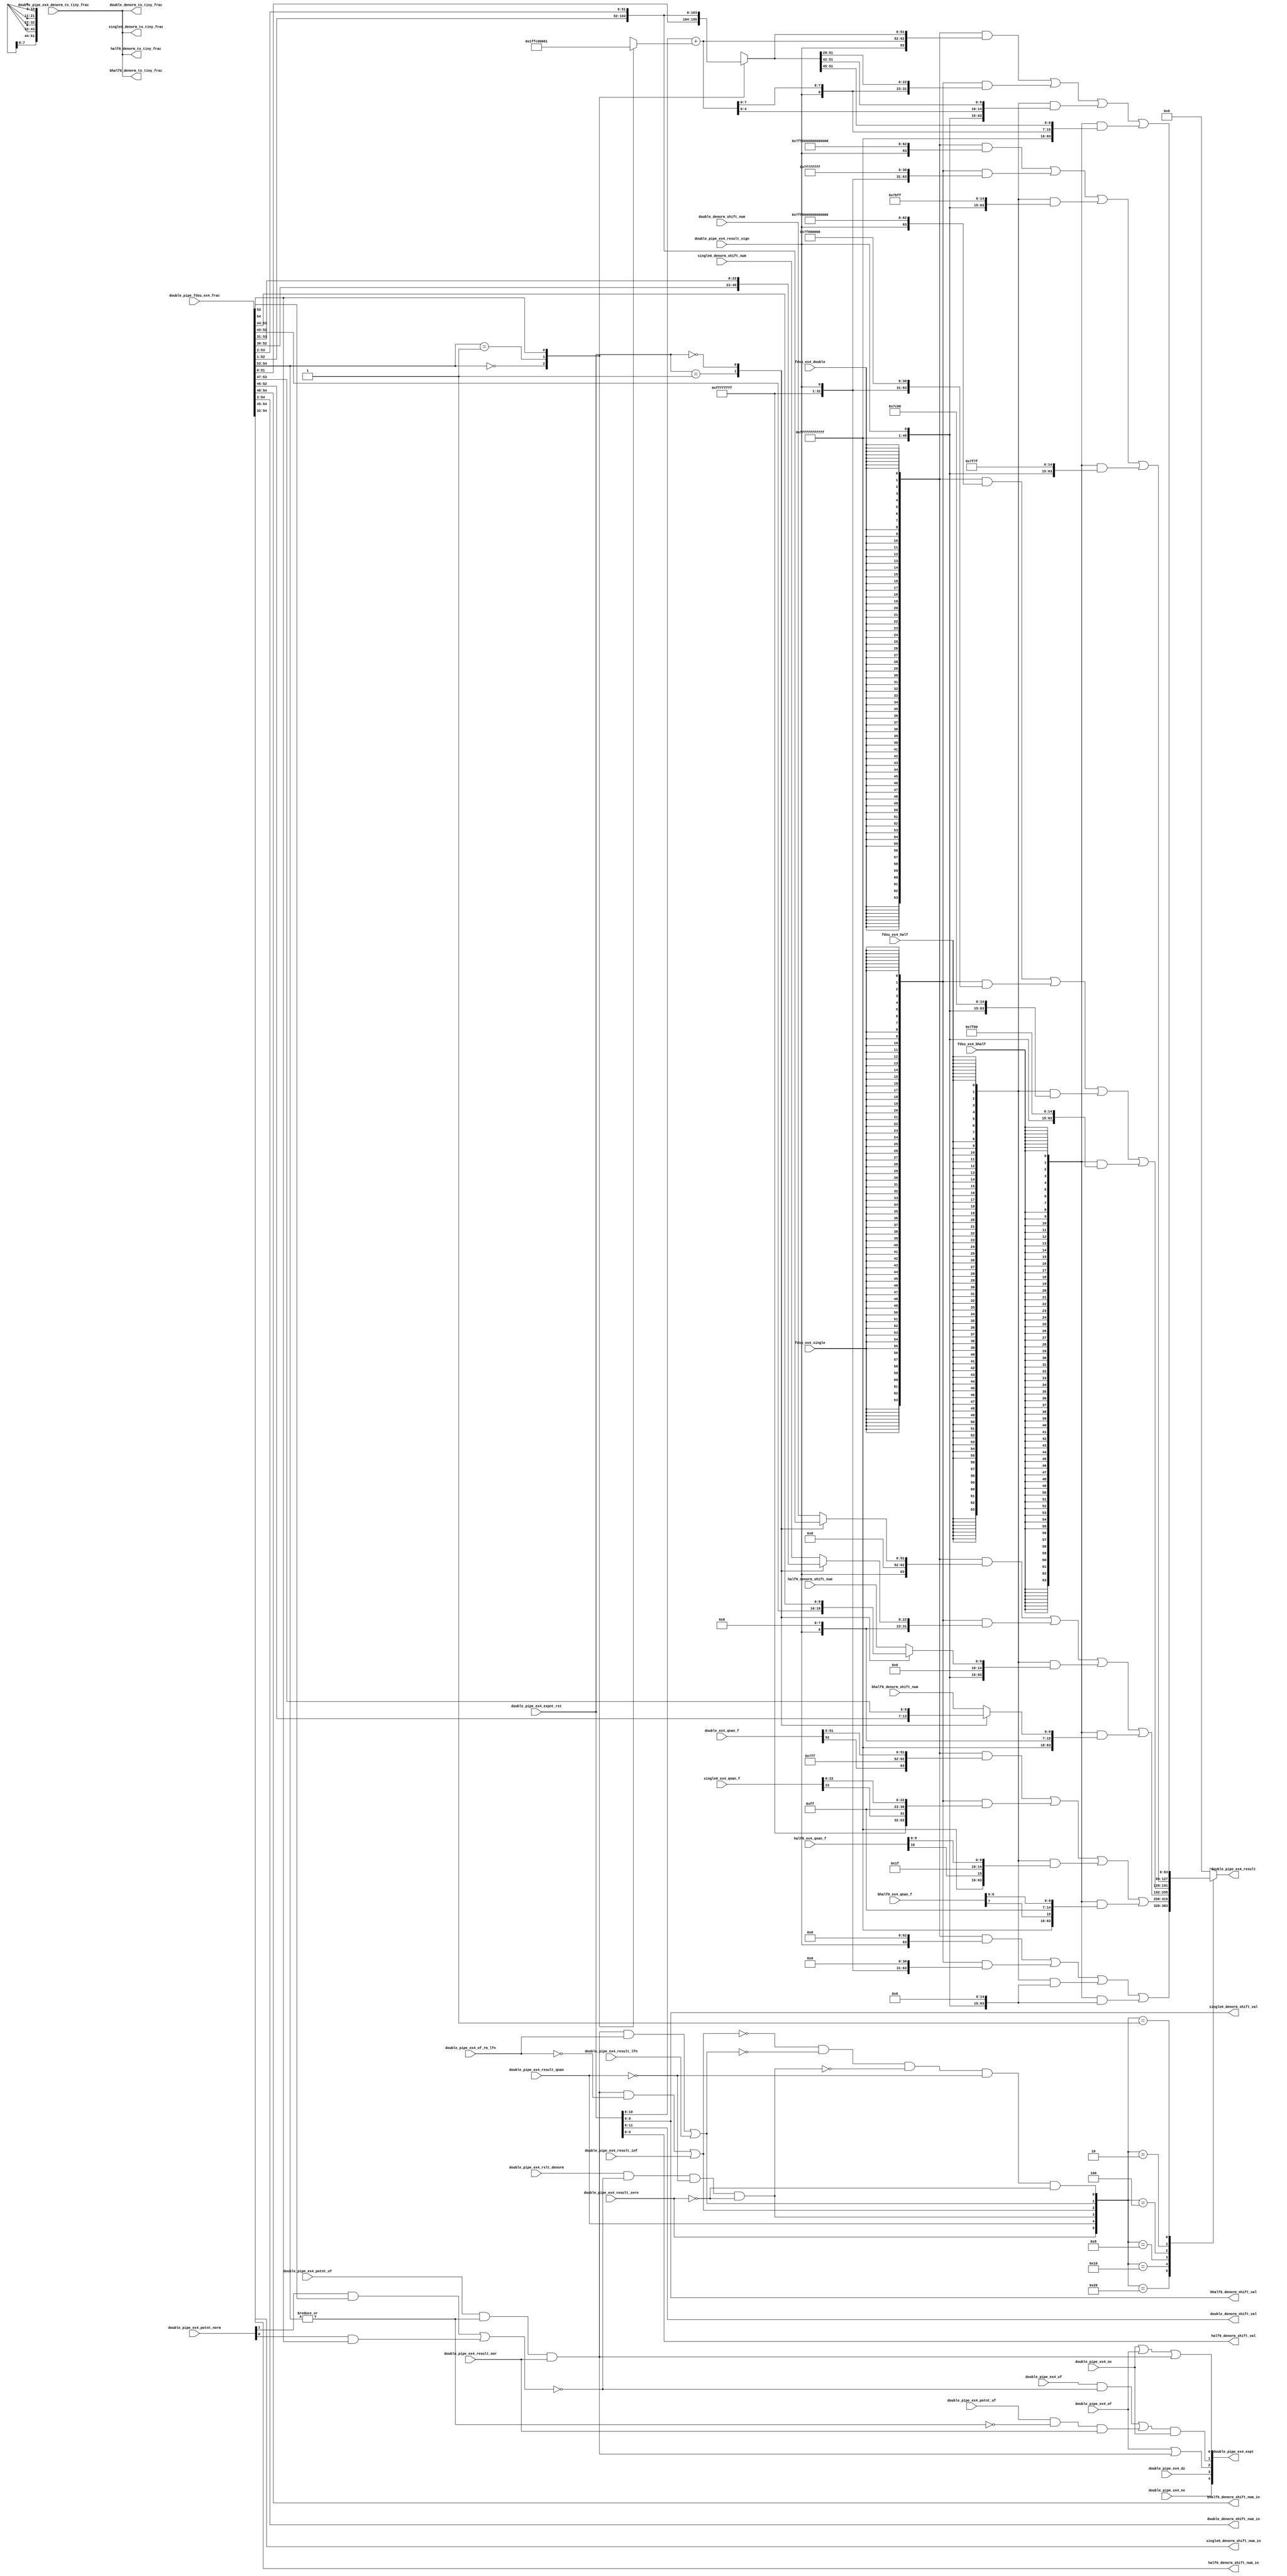
// This program was cloned from: https://github.com/T-head-Semi/openc906
// License: Apache License 2.0

/*Copyright 2020-2021 T-Head Semiconductor Co., Ltd.

Licensed under the Apache License, Version 2.0 (the "License");
you may not use this file except in compliance with the License.
You may obtain a copy of the License at

    http://www.apache.org/licenses/LICENSE-2.0

Unless required by applicable law or agreed to in writing, software
distributed under the License is distributed on an "AS IS" BASIS,
WITHOUT WARRANTIES OR CONDITIONS OF ANY KIND, either express or implied.
See the License for the specific language governing permissions and
limitations under the License.
*/

// &ModuleBeg; @23
module aq_fdsu_pack(
  bhalf0_denorm_shift_num,
  bhalf0_denorm_shift_num_in,
  bhalf0_denorm_shift_val,
  bhalf0_denorm_to_tiny_frac,
  bhalf0_ex4_qnan_f,
  double_denorm_shift_num,
  double_denorm_shift_num_in,
  double_denorm_shift_val,
  double_denorm_to_tiny_frac,
  double_ex4_qnan_f,
  double_pipe_ex4_denorm_to_tiny_frac,
  double_pipe_ex4_dz,
  double_pipe_ex4_expnt_rst,
  double_pipe_ex4_expt,
  double_pipe_ex4_nv,
  double_pipe_ex4_nx,
  double_pipe_ex4_of,
  double_pipe_ex4_of_rm_lfn,
  double_pipe_ex4_potnt_norm,
  double_pipe_ex4_potnt_of,
  double_pipe_ex4_potnt_uf,
  double_pipe_ex4_result,
  double_pipe_ex4_result_inf,
  double_pipe_ex4_result_lfn,
  double_pipe_ex4_result_nor,
  double_pipe_ex4_result_qnan,
  double_pipe_ex4_result_sign,
  double_pipe_ex4_result_zero,
  double_pipe_ex4_rslt_denorm,
  double_pipe_ex4_uf,
  double_pipe_fdsu_ex4_frac,
  fdsu_ex4_bhalf,
  fdsu_ex4_double,
  fdsu_ex4_half,
  fdsu_ex4_single,
  half0_denorm_shift_num,
  half0_denorm_shift_num_in,
  half0_denorm_shift_val,
  half0_denorm_to_tiny_frac,
  half0_ex4_qnan_f,
  single0_denorm_shift_num,
  single0_denorm_shift_num_in,
  single0_denorm_shift_val,
  single0_denorm_to_tiny_frac,
  single0_ex4_qnan_f
);

// &Ports; @24
input   [6 :0]  bhalf0_denorm_shift_num;            
input   [7 :0]  bhalf0_ex4_qnan_f;                  
input   [51:0]  double_denorm_shift_num;            
input   [52:0]  double_ex4_qnan_f;                  
input           double_pipe_ex4_denorm_to_tiny_frac; 
input           double_pipe_ex4_dz;                 
input   [12:0]  double_pipe_ex4_expnt_rst;          
input           double_pipe_ex4_nv;                 
input           double_pipe_ex4_nx;                 
input           double_pipe_ex4_of;                 
input           double_pipe_ex4_of_rm_lfn;          
input   [1 :0]  double_pipe_ex4_potnt_norm;         
input           double_pipe_ex4_potnt_of;           
input           double_pipe_ex4_potnt_uf;           
input           double_pipe_ex4_result_inf;         
input           double_pipe_ex4_result_lfn;         
input           double_pipe_ex4_result_nor;         
input           double_pipe_ex4_result_qnan;        
input           double_pipe_ex4_result_sign;        
input           double_pipe_ex4_result_zero;        
input           double_pipe_ex4_rslt_denorm;        
input           double_pipe_ex4_uf;                 
input   [54:0]  double_pipe_fdsu_ex4_frac;          
input           fdsu_ex4_bhalf;                     
input           fdsu_ex4_double;                    
input           fdsu_ex4_half;                      
input           fdsu_ex4_single;                    
input   [9 :0]  half0_denorm_shift_num;             
input   [10:0]  half0_ex4_qnan_f;                   
input   [22:0]  single0_denorm_shift_num;           
input   [23:0]  single0_ex4_qnan_f;                 
output  [6 :0]  bhalf0_denorm_shift_num_in;         
output  [8 :0]  bhalf0_denorm_shift_val;            
output          bhalf0_denorm_to_tiny_frac;         
output  [51:0]  double_denorm_shift_num_in;         
output  [11:0]  double_denorm_shift_val;            
output          double_denorm_to_tiny_frac;         
output  [4 :0]  double_pipe_ex4_expt;               
output  [63:0]  double_pipe_ex4_result;             
output  [9 :0]  half0_denorm_shift_num_in;          
output  [5 :0]  half0_denorm_shift_val;             
output          half0_denorm_to_tiny_frac;          
output  [22:0]  single0_denorm_shift_num_in;        
output  [8 :0]  single0_denorm_shift_val;           
output          single0_denorm_to_tiny_frac;        

// &Regs; @25
reg     [6 :0]  bhalf_denorm_frac;                  
reg     [51:0]  double_denorm_frac;                 
reg     [51:0]  ex4_frac_52;                        
reg     [63:0]  ex4_result;                         
reg     [12:0]  expnt_add_op1;                      
reg     [9 :0]  half_denorm_frac;                   
reg     [22:0]  single_denorm_frac;                 

// &Wires; @26
wire    [6 :0]  bhalf0_denorm_shift_num;            
wire    [6 :0]  bhalf0_denorm_shift_num_in;         
wire    [8 :0]  bhalf0_denorm_shift_val;            
wire            bhalf0_denorm_to_tiny_frac;         
wire    [7 :0]  bhalf0_ex4_qnan_f;                  
wire    [51:0]  double_denorm_shift_num;            
wire    [51:0]  double_denorm_shift_num_in;         
wire    [11:0]  double_denorm_shift_val;            
wire            double_denorm_to_tiny_frac;         
wire    [52:0]  double_ex4_qnan_f;                  
wire            double_pipe_ex4_denorm_to_tiny_frac; 
wire            double_pipe_ex4_dz;                 
wire    [12:0]  double_pipe_ex4_expnt_rst;          
wire    [4 :0]  double_pipe_ex4_expt;               
wire            double_pipe_ex4_nv;                 
wire            double_pipe_ex4_nx;                 
wire            double_pipe_ex4_of;                 
wire            double_pipe_ex4_of_rm_lfn;          
wire    [1 :0]  double_pipe_ex4_potnt_norm;         
wire            double_pipe_ex4_potnt_of;           
wire            double_pipe_ex4_potnt_uf;           
wire    [63:0]  double_pipe_ex4_result;             
wire            double_pipe_ex4_result_inf;         
wire            double_pipe_ex4_result_lfn;         
wire            double_pipe_ex4_result_nor;         
wire            double_pipe_ex4_result_qnan;        
wire            double_pipe_ex4_result_sign;        
wire            double_pipe_ex4_result_zero;        
wire            double_pipe_ex4_rslt_denorm;        
wire            double_pipe_ex4_uf;                 
wire    [54:0]  double_pipe_fdsu_ex4_frac;          
wire    [63:0]  ex4_bhalf_lfn;                      
wire    [63:0]  ex4_bhalf_rst_inf;                  
wire    [63:0]  ex4_bhalf_rst_norm;                 
wire            ex4_cor_nx;                         
wire            ex4_cor_uf;                         
wire            ex4_denorm_potnt_norm;              
wire    [63:0]  ex4_denorm_result;                  
wire    [63:0]  ex4_doub_lfn;                       
wire    [63:0]  ex4_doub_rst_inf;                   
wire    [63:0]  ex4_doub_rst_norm;                  
wire    [12:0]  ex4_expnt_rst;                      
wire    [4 :0]  ex4_expt;                           
wire            ex4_final_rst_norm;                 
wire    [54:0]  ex4_frac;                           
wire    [63:0]  ex4_half_lfn;                       
wire    [63:0]  ex4_half_rst_inf;                   
wire    [63:0]  ex4_half_rst_norm;                  
wire            ex4_of_plus;                        
wire            ex4_result_inf;                     
wire            ex4_result_lfn;                     
wire            ex4_result_zero;                    
wire            ex4_rslt_denorm;                    
wire            ex4_rslt_qnan;                      
wire    [63:0]  ex4_rst_inf;                        
wire    [63:0]  ex4_rst_lfn;                        
wire            ex4_rst_nor;                        
wire    [63:0]  ex4_rst_norm;                       
wire    [63:0]  ex4_rst_qnan;                       
wire    [63:0]  ex4_rst_zero;                       
wire    [63:0]  ex4_sing_lfn;                       
wire    [63:0]  ex4_sing_rst_inf;                   
wire    [63:0]  ex4_sing_rst_norm;                  
wire            ex4_uf_plus;                        
wire            fdsu_ex4_bhalf;                     
wire            fdsu_ex4_double;                    
wire            fdsu_ex4_dz;                        
wire    [12:0]  fdsu_ex4_expnt_rst;                 
wire            fdsu_ex4_half;                      
wire            fdsu_ex4_nv;                        
wire            fdsu_ex4_nx;                        
wire            fdsu_ex4_of;                        
wire            fdsu_ex4_of_rst_lfn;                
wire    [1 :0]  fdsu_ex4_potnt_norm;                
wire            fdsu_ex4_potnt_of;                  
wire            fdsu_ex4_potnt_uf;                  
wire            fdsu_ex4_result_inf;                
wire            fdsu_ex4_result_lfn;                
wire            fdsu_ex4_result_nor;                
wire            fdsu_ex4_result_sign;               
wire            fdsu_ex4_rslt_denorm;               
wire            fdsu_ex4_single;                    
wire            fdsu_ex4_uf;                        
wire    [9 :0]  half0_denorm_shift_num;             
wire    [9 :0]  half0_denorm_shift_num_in;          
wire    [5 :0]  half0_denorm_shift_val;             
wire            half0_denorm_to_tiny_frac;          
wire    [10:0]  half0_ex4_qnan_f;                   
wire    [22:0]  single0_denorm_shift_num;           
wire    [22:0]  single0_denorm_shift_num_in;        
wire    [8 :0]  single0_denorm_shift_val;           
wire            single0_denorm_to_tiny_frac;        
wire    [23:0]  single0_ex4_qnan_f;                 


assign fdsu_ex4_result_sign     = double_pipe_ex4_result_sign;
assign fdsu_ex4_of_rst_lfn      = double_pipe_ex4_of_rm_lfn;
//assign fdsu_ex4_double          = fdsu_yy_double;
//assign fdsu_ex4_single          
assign fdsu_ex4_result_inf      = double_pipe_ex4_result_inf;
assign fdsu_ex4_result_lfn      = double_pipe_ex4_result_lfn;
assign fdsu_ex4_of              = double_pipe_ex4_of;
assign fdsu_ex4_uf              = double_pipe_ex4_uf;
assign fdsu_ex4_nx              = double_pipe_ex4_nx;
assign fdsu_ex4_potnt_norm[1:0]      = double_pipe_ex4_potnt_norm[1:0];
assign fdsu_ex4_result_nor     = double_pipe_ex4_result_nor;
assign fdsu_ex4_potnt_of        = double_pipe_ex4_potnt_of;
assign fdsu_ex4_potnt_uf        = double_pipe_ex4_potnt_uf;
assign fdsu_ex4_nv              = double_pipe_ex4_nv;
assign fdsu_ex4_dz              = double_pipe_ex4_dz;
assign fdsu_ex4_expnt_rst[12:0] = double_pipe_ex4_expnt_rst[12:0];
assign fdsu_ex4_rslt_denorm     = double_pipe_ex4_rslt_denorm;
assign ex4_rslt_qnan            = double_pipe_ex4_result_qnan;
assign ex4_result_zero          = double_pipe_ex4_result_zero;

//============================EX4 STAGE=====================
assign ex4_frac[54:0] = double_pipe_fdsu_ex4_frac[54:0];
//exponent adder
// &CombBeg; @51
always @( ex4_frac[54:53])
begin
casez(ex4_frac[54:53])
  2'b00   : expnt_add_op1[12:0] = 13'h0fff;  //the expnt sub 1
  2'b01   : expnt_add_op1[12:0] = 13'h0;    //the expnt stay the origi
  2'b1?   : expnt_add_op1[12:0] = 13'h1;    // the exptn add 1
  default : expnt_add_op1[12:0] = 13'b0;  
endcase
// &CombEnd; @58
end
assign ex4_expnt_rst[12:0] = fdsu_ex4_expnt_rst[12:0] + 
                             expnt_add_op1[12:0];

//==========================Result Pack=====================
// result denormal pack 
// shift to the denormal number
assign double_denorm_shift_num_in[51:0]   = ex4_frac[54:3];
assign single0_denorm_shift_num_in[22:0]  = ex4_frac[54:32];
assign half0_denorm_shift_num_in[9:0]     = ex4_frac[54:45];
assign bhalf0_denorm_shift_num_in[6:0]    = ex4_frac[54:48];
assign double_denorm_shift_val[11:0]       = fdsu_ex4_expnt_rst[11:0];
assign single0_denorm_shift_val[8:0]      = fdsu_ex4_expnt_rst[8:0];
assign half0_denorm_shift_val[5:0]        = fdsu_ex4_expnt_rst[5:0];
assign bhalf0_denorm_shift_val[8:0]       = fdsu_ex4_expnt_rst[8:0];
assign double_denorm_to_tiny_frac  = double_pipe_ex4_denorm_to_tiny_frac;
assign single0_denorm_to_tiny_frac = double_pipe_ex4_denorm_to_tiny_frac;
assign half0_denorm_to_tiny_frac   = double_pipe_ex4_denorm_to_tiny_frac;
assign bhalf0_denorm_to_tiny_frac  = double_pipe_ex4_denorm_to_tiny_frac;


// &CombBeg; @79
always @( ex4_frac[53:1]
       or single0_denorm_shift_num[22:0]
       or half0_denorm_shift_num[9:0]
       or double_denorm_shift_num[51:0]
       or bhalf0_denorm_shift_num[6:0]
       or fdsu_ex4_expnt_rst[12:0])
begin
case(fdsu_ex4_expnt_rst[12:0])
  13'h1: begin double_denorm_frac[51:0] = ex4_frac[52:1];
               single_denorm_frac[22:0] = ex4_frac[52:30];
               half_denorm_frac[9:0]    = ex4_frac[52:43];
               bhalf_denorm_frac[6:0]   = ex4_frac[52:46];
         end
  13'h0: begin double_denorm_frac[51:0] = ex4_frac[53:2];
               single_denorm_frac[22:0] = ex4_frac[53:31];
               half_denorm_frac[9:0]    = ex4_frac[53:44];
               bhalf_denorm_frac[6:0]   = ex4_frac[53:47];
         end
  default:begin double_denorm_frac[51:0] = double_denorm_shift_num[51:0];
                single_denorm_frac[22:0] = single0_denorm_shift_num[22:0];
                half_denorm_frac[9:0]    = half0_denorm_shift_num[9:0];
                bhalf_denorm_frac[6:0]   = bhalf0_denorm_shift_num[6:0];
          end
endcase
// &CombEnd; @97
end
//&CombBeg;
//case(fdsu_ex4_expnt_rst[12:0])
//  13'h1:   ex4_denorm_frac[51:0] = {      ex4_frac[52:1]}; //-1022 1
//  13'h0:   ex4_denorm_frac[51:0] = {      ex4_frac[53:2]}; //-1023 0
//  13'h1fff:ex4_denorm_frac[51:0] = {      ex4_frac[54:3]}; //-1024 -1
//  13'h1ffe:ex4_denorm_frac[51:0] = {1'b0, ex4_frac[54:4]}; //-1025 -2
//  13'h1ffd:ex4_denorm_frac[51:0] = {2'b0, ex4_frac[54:5]}; //-1026 -3
//  13'h1ffc:ex4_denorm_frac[51:0] = {3'b0, ex4_frac[54:6]}; //-1027 -4
//  13'h1ffb:ex4_denorm_frac[51:0] = {4'b0, ex4_frac[54:7]}; //-1028 -5
//  13'h1ffa:ex4_denorm_frac[51:0] = {5'b0, ex4_frac[54:8]}; //-1029 -6
//  13'h1ff9:ex4_denorm_frac[51:0] = {6'b0, ex4_frac[54:9]}; //-1030 -7
//  13'h1ff8:ex4_denorm_frac[51:0] = {7'b0, ex4_frac[54:10]}; //-1031 -8
//  13'h1ff7:ex4_denorm_frac[51:0] = {8'b0, ex4_frac[54:11]}; //-1032 -9
//  13'h1ff6:ex4_denorm_frac[51:0] = {9'b0, ex4_frac[54:12]}; //-1033 -10
//  13'h1ff5:ex4_denorm_frac[51:0] = {10'b0,ex4_frac[54:13]}; //-1034 -11
//  13'h1ff4:ex4_denorm_frac[51:0] = {11'b0,ex4_frac[54:14]}; //-1035 -12
//  13'h1ff3:ex4_denorm_frac[51:0] = {12'b0,ex4_frac[54:15]}; //-1036 -13  
//  13'h1ff2:ex4_denorm_frac[51:0] = {13'b0,ex4_frac[54:16]}; // -1037
//  13'h1ff1:ex4_denorm_frac[51:0] = {14'b0,ex4_frac[54:17]}; //-1038
//  13'h1ff0:ex4_denorm_frac[51:0] = {15'b0,ex4_frac[54:18]}; //-1039
//  13'h1fef:ex4_denorm_frac[51:0] = {16'b0,ex4_frac[54:19]}; //-1040
//  13'h1fee:ex4_denorm_frac[51:0] = {17'b0,ex4_frac[54:20]}; //-1041
//  13'h1fed:ex4_denorm_frac[51:0] = {18'b0,ex4_frac[54:21]}; //-1042
//  13'h1fec:ex4_denorm_frac[51:0] = {19'b0,ex4_frac[54:22]}; //-1043
//  13'h1feb:ex4_denorm_frac[51:0] = {20'b0,ex4_frac[54:23]}; //-1044
//  13'h1fea:ex4_denorm_frac[51:0] = {21'b0,ex4_frac[54:24]}; //-1045
//  13'h1fe9:ex4_denorm_frac[51:0] = {22'b0,ex4_frac[54:25]}; //-1046
//  13'h1fe8:ex4_denorm_frac[51:0] = {23'b0,ex4_frac[54:26]}; //-1047
//  13'h1fe7:ex4_denorm_frac[51:0] = {24'b0,ex4_frac[54:27]}; //-1048
//  13'h1fe6:ex4_denorm_frac[51:0] = {25'b0,ex4_frac[54:28]}; //-1049
//  13'h1fe5:ex4_denorm_frac[51:0] = {26'b0,ex4_frac[54:29]}; //-1050
//  13'h1fe4:ex4_denorm_frac[51:0] = {27'b0,ex4_frac[54:30]}; //-1056
//  13'h1fe3:ex4_denorm_frac[51:0] = {28'b0,ex4_frac[54:31]}; //-1052
//  13'h1fe2:ex4_denorm_frac[51:0] = {29'b0,ex4_frac[54:32]}; //-1053
//  13'h1fe1:ex4_denorm_frac[51:0] = {30'b0,ex4_frac[54:33]}; //-1054
//  13'h1fe0:ex4_denorm_frac[51:0] = {31'b0,ex4_frac[54:34]}; //-1055
//  13'h1fdf:ex4_denorm_frac[51:0] = {32'b0,ex4_frac[54:35]}; //-1056
//  13'h1fde:ex4_denorm_frac[51:0] = {33'b0,ex4_frac[54:36]}; //-1057
//  13'h1fdd:ex4_denorm_frac[51:0] = {34'b0,ex4_frac[54:37]}; //-1058
//  13'h1fdc:ex4_denorm_frac[51:0] = {35'b0,ex4_frac[54:38]}; //-1059
//  13'h1fdb:ex4_denorm_frac[51:0] = {36'b0,ex4_frac[54:39]}; //-1060
//  13'h1fda:ex4_denorm_frac[51:0] = {37'b0,ex4_frac[54:40]}; //-1061
//  13'h1fd9:ex4_denorm_frac[51:0] = {38'b0,ex4_frac[54:41]}; //-1062
//  13'h1fd8:ex4_denorm_frac[51:0] = {39'b0,ex4_frac[54:42]}; //-1063
//  13'h1fd7:ex4_denorm_frac[51:0] = {40'b0,ex4_frac[54:43]}; //-1064
//  13'h1fd6:ex4_denorm_frac[51:0] = {41'b0,ex4_frac[54:44]}; //-1065
//  13'h1fd5:ex4_denorm_frac[51:0] = {42'b0,ex4_frac[54:45]};  //-1066
//  13'h1fd4:ex4_denorm_frac[51:0] = {43'b0,ex4_frac[54:46]};  //-1067
//  13'h1fd3:ex4_denorm_frac[51:0] = {44'b0,ex4_frac[54:47]};  //-1068
//  13'h1fd2:ex4_denorm_frac[51:0] = {45'b0,ex4_frac[54:48]};  //-1069
//  13'h1fd1:ex4_denorm_frac[51:0] = {46'b0,ex4_frac[54:49]};  //-1070
//  13'h1fd0:ex4_denorm_frac[51:0] = {47'b0,ex4_frac[54:50]};  //-1071
//  13'h1fcf:ex4_denorm_frac[51:0] = {48'b0,ex4_frac[54:51]};  //-1072
//  13'h1fce:ex4_denorm_frac[51:0] = {49'b0,ex4_frac[54:52]};  //-1073
//  13'h1fcd:ex4_denorm_frac[51:0] = {50'b0,ex4_frac[54:53]};  //-1074
//  default: ex4_denorm_frac[51:0] = fdsu_ex4_denorm_to_tiny_frac ? 52'b1 : 52'b0;
//endcase                                                                  
//&CombEnd;   
//&CombBeg;
//case(fdsu_ex4_expnt_rst[12:0])
//  13'h1:   ex4_single_denorm_frac[51:0] = {      ex4_frac[52:1]}; //-1022 1
//  13'h0:   ex4_single_denorm_frac[51:0] = {      ex4_frac[53:2]}; //-1023 0
//  13'h1fff:ex4_single_denorm_frac[51:0] = {      ex4_frac[54:3]}; //-1024 -1
//  13'h1ffe:ex4_single_denorm_frac[51:0] = {1'b0, ex4_frac[54:4]}; //-1025 -2
//  13'h1ffd:ex4_single_denorm_frac[51:0] = {2'b0, ex4_frac[54:5]}; //-1026 -3
//  13'h1ffc:ex4_single_denorm_frac[51:0] = {3'b0, ex4_frac[54:6]}; //-1027 -4
//  13'h1ffb:ex4_single_denorm_frac[51:0] = {4'b0, ex4_frac[54:7]}; //-1028 -5
//  13'h1ffa:ex4_single_denorm_frac[51:0] = {5'b0, ex4_frac[54:8]}; //-1029 -6
//  13'h1ff9:ex4_single_denorm_frac[51:0] = {6'b0, ex4_frac[54:9]}; //-1030 -7
//  13'h1ff8:ex4_single_denorm_frac[51:0] = {7'b0, ex4_frac[54:10]}; //-1031 -8
//  13'h1ff7:ex4_single_denorm_frac[51:0] = {8'b0, ex4_frac[54:11]}; //-1032 -9
//  13'h1ff6:ex4_single_denorm_frac[51:0] = {9'b0, ex4_frac[54:12]}; //-1033 -10
//  13'h1ff5:ex4_single_denorm_frac[51:0] = {10'b0,ex4_frac[54:13]}; //-1034 -11
//  13'h1ff4:ex4_single_denorm_frac[51:0] = {11'b0,ex4_frac[54:14]}; //-1035 -12
//  13'h1ff3:ex4_single_denorm_frac[51:0] = {12'b0,ex4_frac[54:15]}; //-1036 -13  
//  13'h1ff2:ex4_single_denorm_frac[51:0] = {13'b0,ex4_frac[54:16]}; // -1037
//  13'h1ff1:ex4_single_denorm_frac[51:0] = {14'b0,ex4_frac[54:17]}; //-1038
//  13'h1ff0:ex4_single_denorm_frac[51:0] = {15'b0,ex4_frac[54:18]}; //-1039
//  13'h1fef:ex4_single_denorm_frac[51:0] = {16'b0,ex4_frac[54:19]}; //-1040
//  13'h1fee:ex4_single_denorm_frac[51:0] = {17'b0,ex4_frac[54:20]}; //-1041
//  13'h1fed:ex4_single_denorm_frac[51:0] = {18'b0,ex4_frac[54:21]}; //-1042
//  13'h1fec:ex4_single_denorm_frac[51:0] = {19'b0,ex4_frac[54:22]}; //-1043
//  13'h1feb:ex4_single_denorm_frac[51:0] = {20'b0,ex4_frac[54:23]}; //-1044
//  13'h1fea:ex4_single_denorm_frac[51:0] = {21'b0,ex4_frac[54:24]}; //-1044
//  default :ex4_single_denorm_frac[51:0] = fdsu_ex4_denorm_to_tiny_frac ?{23'b1,29'b0} : 52'b0; //-1045
//endcase                                                                  
//&CombEnd;
//here when denormal number round to add1, it will become normal number
assign ex4_denorm_potnt_norm    = (fdsu_ex4_potnt_norm[1] && ex4_frac[53]) || 
                                  (fdsu_ex4_potnt_norm[0] && ex4_frac[54]) ;
assign ex4_rslt_denorm          = fdsu_ex4_rslt_denorm && !ex4_denorm_potnt_norm  && !ex4_rslt_qnan && !ex4_result_zero;
assign ex4_denorm_result[63:0]  = {64{fdsu_ex4_double}}  &
                                  {fdsu_ex4_result_sign,11'h0,double_denorm_frac[51:0]}  |
                                  {64{fdsu_ex4_single}} & {32'hffffffff,fdsu_ex4_result_sign,
                                                          8'h0,single_denorm_frac[22:0]} |
                                  {64{fdsu_ex4_half}} & {{48{1'b1}},fdsu_ex4_result_sign,
                                                          5'h0,half_denorm_frac[9:0]}  |
                                  {64{fdsu_ex4_bhalf}}& {{48{1'b1}},fdsu_ex4_result_sign,
                                                          8'h0,bhalf_denorm_frac[6:0]};
                                   
                                                              
//ex4 overflow/underflow plus                                 
assign ex4_rst_nor = fdsu_ex4_result_nor;                    
assign ex4_of_plus = fdsu_ex4_potnt_of  && 
                     (|ex4_frac[54:53])  && 
                     ex4_rst_nor;
assign ex4_uf_plus = fdsu_ex4_potnt_uf  && 
                     (~|ex4_frac[54:53]) && 
                     ex4_rst_nor;
//ex4 overflow round result
assign ex4_result_lfn = (ex4_of_plus &&  fdsu_ex4_of_rst_lfn) ||
                        fdsu_ex4_result_lfn;
assign ex4_result_inf = (ex4_of_plus && !fdsu_ex4_of_rst_lfn) ||
                        fdsu_ex4_result_inf;
//Special Result Form
// result largest finity number
assign ex4_doub_lfn[63:0]      = {fdsu_ex4_result_sign,11'h7fe,{52{1'b1}}};
assign ex4_sing_lfn[63:0]      = {32'hffffffff,fdsu_ex4_result_sign,8'hfe,{23{1'b1}}};
assign ex4_half_lfn[63:0]      = {{48{1'b1}},fdsu_ex4_result_sign,5'h1e,{10{1'b1}}};
assign ex4_bhalf_lfn[63:0]      ={{48{1'b1}},fdsu_ex4_result_sign,8'hfe,{7{1'b1}}};
assign ex4_rst_lfn[63:0]       = {64{fdsu_ex4_double}} & ex4_doub_lfn[63:0] |
                                 {64{fdsu_ex4_single}} & ex4_sing_lfn[63:0] |
                                 {64{fdsu_ex4_half}} & ex4_half_lfn[63:0] |
                                 {64{fdsu_ex4_bhalf}} & ex4_bhalf_lfn[63:0];
//result infinity
assign ex4_doub_rst_inf[63:0]  = {fdsu_ex4_result_sign,11'h7ff,52'b0};
assign ex4_sing_rst_inf[63:0]  = {32'hffffffff,fdsu_ex4_result_sign,8'hff,23'b0};
assign ex4_half_rst_inf[63:0]  = {{48{1'b1}},fdsu_ex4_result_sign,5'h1f,10'b0};
assign ex4_bhalf_rst_inf[63:0] = {{48{1'b1}},fdsu_ex4_result_sign,8'hff,7'b0};
assign ex4_rst_inf[63:0]       = {64{fdsu_ex4_double}} & ex4_doub_rst_inf[63:0] | 
                                 {64{fdsu_ex4_single}} & ex4_sing_rst_inf[63:0] |
                                 {64{fdsu_ex4_half}}   & ex4_half_rst_inf[63:0] |
                                 {64{fdsu_ex4_bhalf}}  & ex4_bhalf_rst_inf[63:0];
//result normal
// &CombBeg; @232
always @( ex4_frac[54:0])
begin
casez(ex4_frac[54:53])
  2'b00   : ex4_frac_52[51:0]  = ex4_frac[51:0];
  2'b01   : ex4_frac_52[51:0]  = ex4_frac[52:1];
  2'b1?   : ex4_frac_52[51:0]  = ex4_frac[53:2];
  default : ex4_frac_52[51:0]  = 52'b0;
endcase
// &CombEnd; @239
end
assign ex4_doub_rst_norm[63:0] = {fdsu_ex4_result_sign,
                                  ex4_expnt_rst[10:0],
                                  ex4_frac_52[51:0]};
assign ex4_sing_rst_norm[63:0] = {32'hffffffff,fdsu_ex4_result_sign,
                                  ex4_expnt_rst[7:0],
                                  ex4_frac_52[51:29]};
assign ex4_half_rst_norm[63:0] = {{48{1'b1}},fdsu_ex4_result_sign,
                                  ex4_expnt_rst[4:0],
                                  ex4_frac_52[51:42]};
assign ex4_bhalf_rst_norm[63:0] = {{48{1'b1}},fdsu_ex4_result_sign,
                                  ex4_expnt_rst[7:0],
                                  ex4_frac_52[51:45]};                                

assign ex4_rst_norm[63:0]      = {64{fdsu_ex4_double}} & ex4_doub_rst_norm[63:0] | 
                                 {64{fdsu_ex4_single}} & ex4_sing_rst_norm[63:0] | 
                                 {64{fdsu_ex4_half}}   & ex4_half_rst_norm[63:0] |
                                 {64{fdsu_ex4_bhalf}}  & ex4_bhalf_rst_norm[63:0];
assign ex4_cor_uf            = (fdsu_ex4_uf && !ex4_denorm_potnt_norm || ex4_uf_plus)
                               && fdsu_ex4_nx;
assign ex4_cor_nx            =  fdsu_ex4_nx 
                                || fdsu_ex4_of 
                                || ex4_of_plus;
                                        
assign ex4_expt[4:0]           = {
                                  fdsu_ex4_nv,
                                  fdsu_ex4_dz,
                                  fdsu_ex4_of | ex4_of_plus,
                                  ex4_cor_uf,
                                  ex4_cor_nx};

assign ex4_final_rst_norm      = !ex4_result_inf        &&
                                 !ex4_result_lfn        && 
                                 !ex4_rslt_denorm       && !ex4_rslt_qnan && !ex4_result_zero; 
// the qnan result
assign ex4_rst_qnan[63:0] = {64{fdsu_ex4_double}} & {double_ex4_qnan_f[52],{11{1'b1}},double_ex4_qnan_f[51:0]}   |
                            {64{fdsu_ex4_single}} & {{32{1'b1}},single0_ex4_qnan_f[23],{8{1'b1}},single0_ex4_qnan_f[22:0]} |
                            {64{fdsu_ex4_half}}   & {{48{1'b1}},half0_ex4_qnan_f[10],{5{1'b1}},half0_ex4_qnan_f[9:0]}       |
                            {64{fdsu_ex4_bhalf}}  & {{48{1'b1}},bhalf0_ex4_qnan_f[7],{8{1'b1}},bhalf0_ex4_qnan_f[6:0]};
assign ex4_rst_zero[63:0] = {64{fdsu_ex4_double}} & {fdsu_ex4_result_sign,{11{1'b0}},52'b0}           |
                            {64{fdsu_ex4_single}} & {{32{1'b1}},fdsu_ex4_result_sign,{8{1'b0}},23'b0} |
                            {64{fdsu_ex4_half}}   & {{48{1'b1}},fdsu_ex4_result_sign,{5{1'b0}},10'b0} |
                            {64{fdsu_ex4_bhalf}}  & {{48{1'b1}},fdsu_ex4_result_sign,{8{1'b0}},7'b0};                          
// &CombBeg; @282
always @( ex4_rst_norm[63:0]
       or ex4_rst_qnan[63:0]
       or ex4_result_lfn
       or ex4_result_zero
       or ex4_rst_lfn[63:0]
       or ex4_denorm_result[63:0]
       or ex4_result_inf
       or ex4_rslt_qnan
       or ex4_rst_inf[63:0]
       or ex4_rst_zero[63:0]
       or ex4_rslt_denorm
       or ex4_final_rst_norm)
begin
case({ex4_result_zero,
      ex4_rslt_qnan,
      ex4_rslt_denorm,
      ex4_result_inf,
      ex4_result_lfn,
      ex4_final_rst_norm})
  6'b100000 : ex4_result[63:0]  = ex4_rst_zero[63:0];
  6'b010000 : ex4_result[63:0]  = ex4_rst_qnan[63:0];
  6'b001000 : ex4_result[63:0]  = ex4_denorm_result[63:0];
  6'b000100 : ex4_result[63:0]  = ex4_rst_inf[63:0];
  6'b000010 : ex4_result[63:0]  = ex4_rst_lfn[63:0];
  6'b000001 : ex4_result[63:0]  = ex4_rst_norm[63:0];
  default   : ex4_result[63:0]  = 64'b0;
endcase
// &CombEnd; @297
end

////==========================================================
////                     Result Generate
////==========================================================
//assign fdsu_frbus_freg[4:0]   = fdsu_yy_wb_freg[4:0];
//assign fdsu_frbus_data[63:0]  = ex4_result[63:0];
//assign fdsu_frbus_single      = !fdsu_ex4_double;
//assign fdsu_frbus_fflags[4:0] = ex4_expt[4:0];
assign double_pipe_ex4_result[63:0]  = ex4_result[63:0];
assign double_pipe_ex4_expt[4:0] = ex4_expt[4:0];
// &ModuleEnd; @308
endmodule